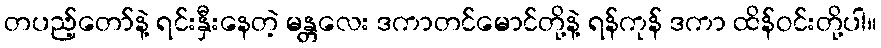
တပည့်တော်နဲ့ ရင်းနှီးနေတဲ့ မန္တလေး ဒကာတင်မောင်တို့နဲ့ ရန်ကုန် ဒကာ ထိန်ဝင်းတို့ပါ။